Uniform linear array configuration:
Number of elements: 32
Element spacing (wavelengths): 1
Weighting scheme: kaiser
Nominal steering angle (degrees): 60
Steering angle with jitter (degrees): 58.061
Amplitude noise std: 0.05
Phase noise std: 0.05

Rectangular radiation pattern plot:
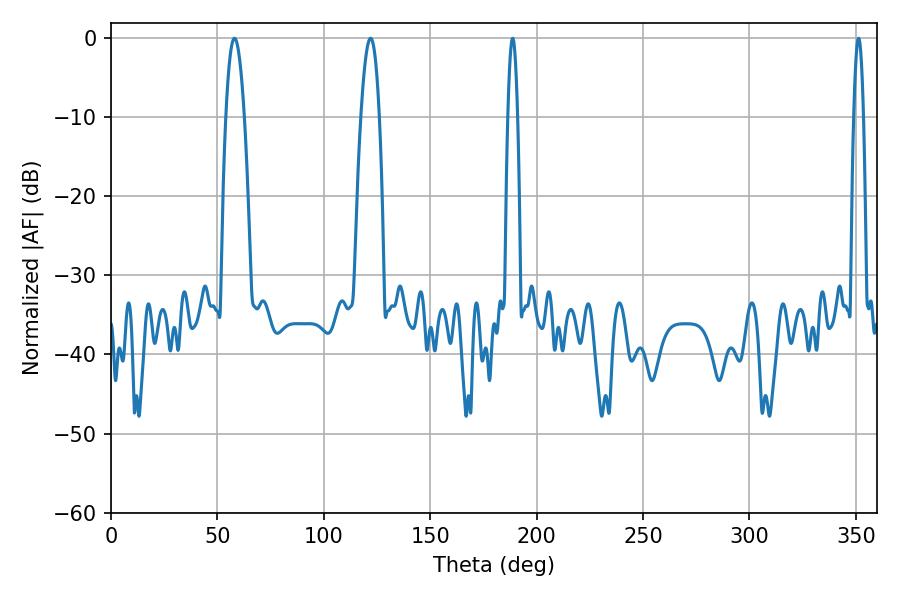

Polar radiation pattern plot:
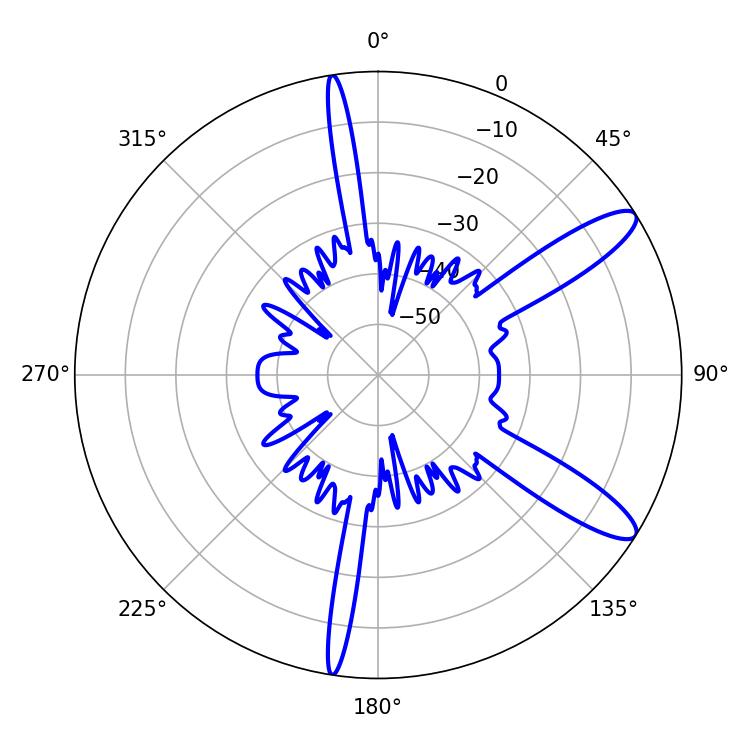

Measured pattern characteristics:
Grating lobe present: TRUE
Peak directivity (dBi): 11.585
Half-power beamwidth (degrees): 4.68
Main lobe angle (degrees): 57.96